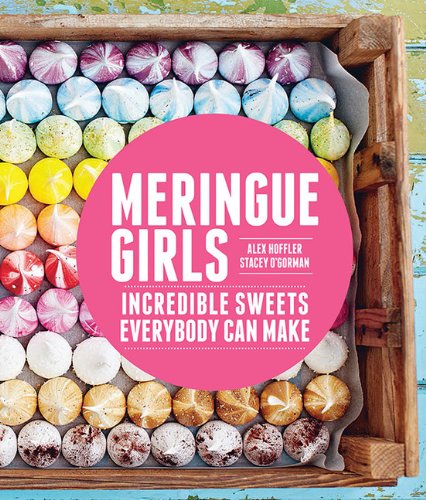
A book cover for Meringue Girls: Incredible Sweets Everybody Can Make; Alex Hoffler; Cookbooks, Food & Wine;